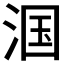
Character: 𬇹